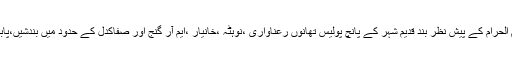
اس سے قبل سرینگر میں 10 محرم الحرام کے پیش نظر بند قدیم شہر کے پانچ پولیس تھانوں رعناواری ،نوہٹہ ،خانیار ،ایم آر گنج اور صفاکدل کے حدود میں بندشیں،پابندیاں اور سخت ترین ناکہ بندی کی۔